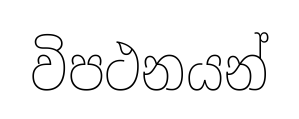
විපථනයන්